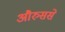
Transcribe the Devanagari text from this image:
औरुससे